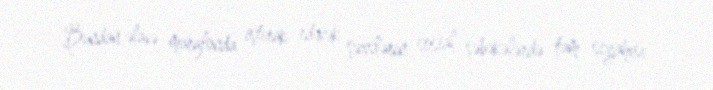
Bundan əlavə marafonda iştirak edəcək şəxslərin sosial şəbəkələrdə tam siyahısı